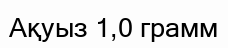
Ақуыз 1,0 грамм